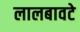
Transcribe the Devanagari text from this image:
लालबावटे